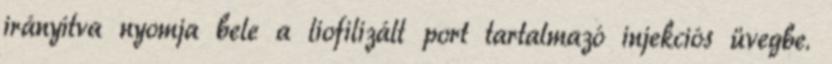
irányítva nyomja bele a liofilizált port tartalmazó injekciós üvegbe.